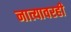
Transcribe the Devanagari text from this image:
नात्यावरही